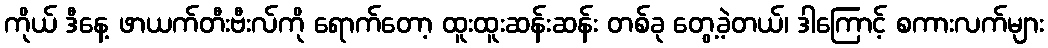
ကိုယ် ဒီနေ့ ဖာယက်တီးဗီးလ်ကို ရောက်တော့ ထူးထူးဆန်းဆန်း တစ်ခု တွေ့ခဲ့တယ်၊ ဒါကြောင့် စကားလက်များ